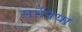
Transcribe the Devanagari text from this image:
सापिया